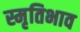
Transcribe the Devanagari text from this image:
स्मृतिभाव